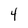
Character: 4